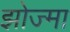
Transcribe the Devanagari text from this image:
झोज्मा